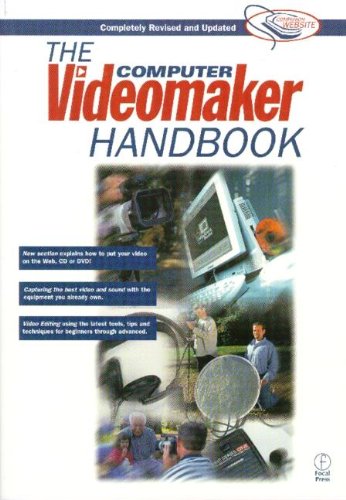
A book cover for The Computer Videomaker Handbook: A Comprehensive Guide to Making Video; Videomaker; Humor & Entertainment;